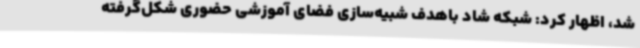
شد، اظهار کرد: شبکه شاد باهدف شبیه‌سازی فضای آموزشی حضوری شکل‌گرفته